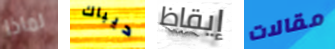
لماذا ديباك إيقاظ مقالات